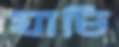
যাচি